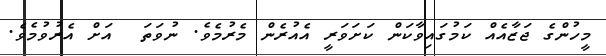
މީހުންގެ ޖަޒާއެއް ކަމުގައިވާކަން ކަށަވަރީ އެއުރެން މެރުމެވެ. ނުވަތަ  އަށް އެރުވުމެވެ.